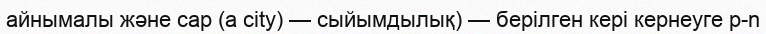
айнымалы және cap (a city) — сыйымдылық) — берілген кері кернеуге p-n